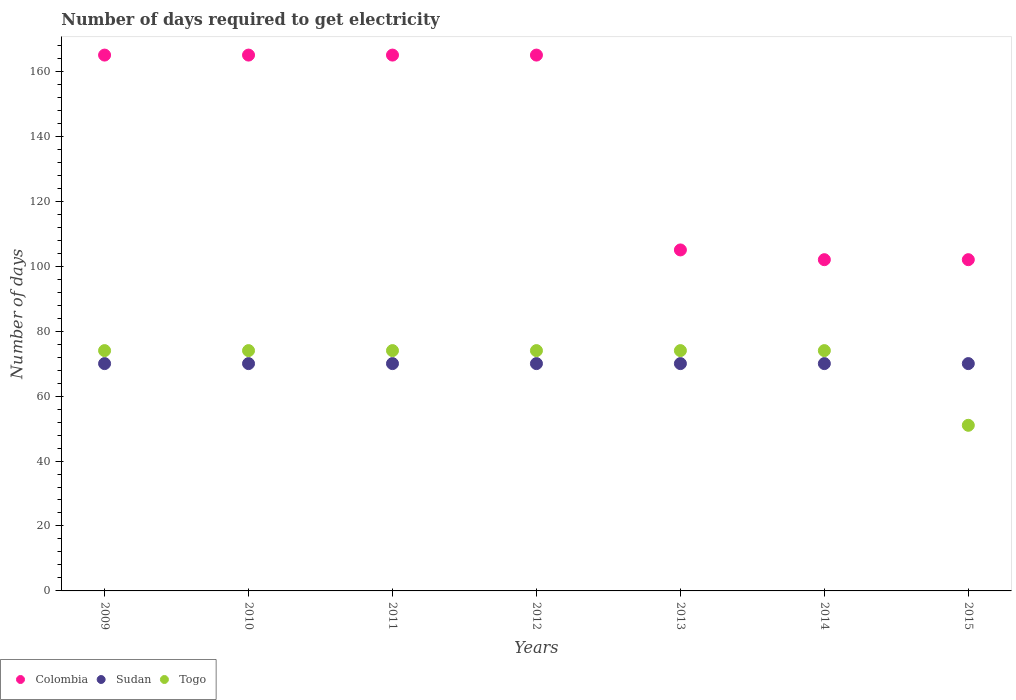
| Years | Colombia | Sudan | Togo |
 | --- | --- | --- | --- |
 | 2009 | 165 | 70 | 74 |
 | 2010 | 165 | 70 | 74 |
 | 2011 | 165 | 70 | 74 |
 | 2012 | 165 | 70 | 74 |
 | 2013 | 105 | 70 | 74 |
 | 2014 | 102 | 70 | 74 |
 | 2015 | 102 | 70 | 51 |